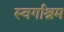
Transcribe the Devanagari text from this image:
स्‍वर्गाश्रम